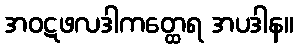
အဝဋဖလဒါကတ္ထေရ အပဒါန။